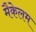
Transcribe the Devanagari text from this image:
मैकेलम